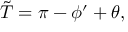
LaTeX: \tilde { T } = \pi - \phi ^ { \prime } + \theta ,